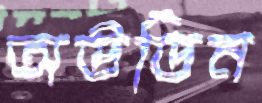
অউডিন